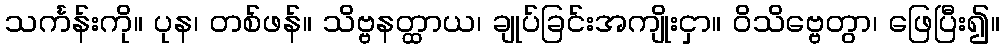
သင်္ကန်းကို။ ပုန၊ တစ်ဖန်။ သိဗ္ဗနတ္ထာယ၊ ချုပ်ခြင်းအကျိုးငှာ။ ဝိသိဗ္ဗေတွာ၊ ဖြေပြီး၍။